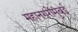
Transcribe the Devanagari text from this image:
महानगरोंमुंबई